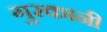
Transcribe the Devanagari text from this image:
गुरकानी